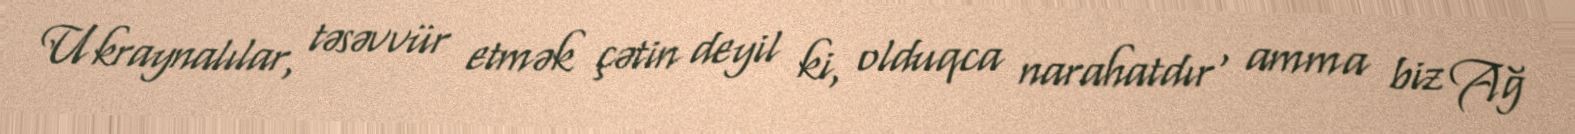
Ukraynalılar, təsəvvür etmək çətin deyil ki, olduqca narahatdır , amma biz Ağ